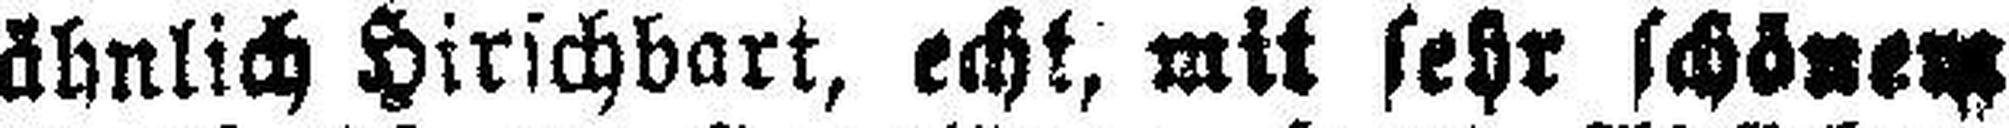
ähnlich Hirschbart, echt, mit sehr schönem